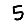
Digit: 5